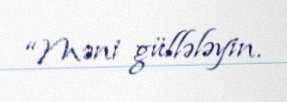
“Məni güllələyin.